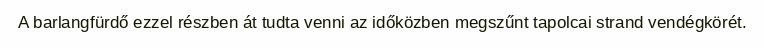
A barlangfürdő ezzel részben át tudta venni az időközben megszűnt tapolcai strand vendégkörét.